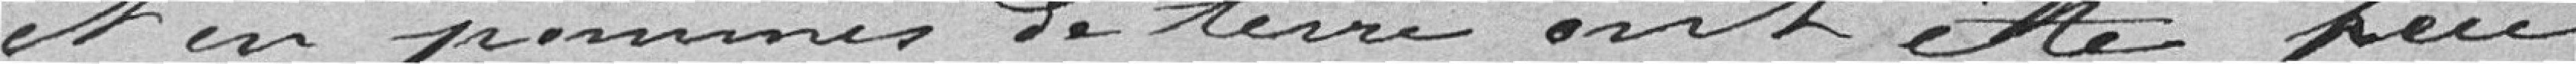
et en pommes de terre ont été peu